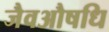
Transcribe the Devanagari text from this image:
जैवऔषधि